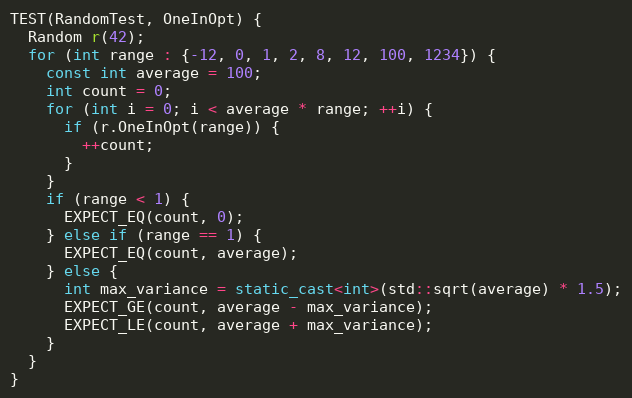
Language: C++
TEST(RandomTest, OneInOpt) {
  Random r(42);
  for (int range : {-12, 0, 1, 2, 8, 12, 100, 1234}) {
    const int average = 100;
    int count = 0;
    for (int i = 0; i < average * range; ++i) {
      if (r.OneInOpt(range)) {
        ++count;
      }
    }
    if (range < 1) {
      EXPECT_EQ(count, 0);
    } else if (range == 1) {
      EXPECT_EQ(count, average);
    } else {
      int max_variance = static_cast<int>(std::sqrt(average) * 1.5);
      EXPECT_GE(count, average - max_variance);
      EXPECT_LE(count, average + max_variance);
    }
  }
}